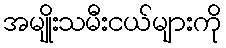
အမျိုးသမီးငယ်များကို